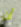
أن